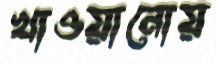
খাওয়ানোয়